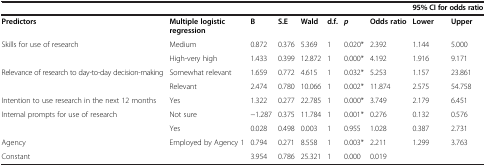
<table><thead><tr><td></td><td></td><td></td><td></td><td></td><td></td><td></td><td></td><td colspan="2"><b>95% CI for odds ratio</b></td></tr></thead><tbody><tr><td><b>Predictors</b></td><td><b>Multiple logistic regression</b></td><td><b>B</b></td><td><b>S.E</b></td><td><b>Wald</b></td><td><b>d.f.</b></td><td><b><i>p</i></b></td><td><b>Odds ratio</b></td><td><b>Lower</b></td><td><b>Upper</b></td></tr><tr><td rowspan="2">Skills for use of research</td><td>Medium</td><td>0.872</td><td>0.376</td><td>5.369</td><td>1</td><td>0.020*</td><td>2.392</td><td>1.144</td><td>5.000</td></tr><tr><td>High-very high</td><td>1.433</td><td>0.399</td><td>12.872</td><td>1</td><td>0.000*</td><td>4.192</td><td>1.916</td><td>9.171</td></tr><tr><td rowspan="2">Relevance of research to day-to-day decision-making</td><td>Somewhat relevant</td><td>1.659</td><td>0.772</td><td>4.615</td><td>1</td><td>0.032*</td><td>5.253</td><td>1.157</td><td>23.861</td></tr><tr><td>Relevant</td><td>2.474</td><td>0.780</td><td>10.066</td><td>1</td><td>0.002*</td><td>11.874</td><td>2.575</td><td>54.758</td></tr><tr><td>Intention to use research in the next 12 months</td><td>Yes</td><td>1.322</td><td>0.277</td><td>22.785</td><td>1</td><td>0.000*</td><td>3.749</td><td>2.179</td><td>6.451</td></tr><tr><td rowspan="2">Internal prompts for use of research</td><td>Not sure</td><td>−1.287</td><td>0.375</td><td>11.784</td><td>1</td><td>0.001*</td><td>0.276</td><td>0.132</td><td>0.576</td></tr><tr><td>Yes</td><td>0.028</td><td>0.498</td><td>0.003</td><td>1</td><td>0.955</td><td>1.028</td><td>0.387</td><td>2.731</td></tr><tr><td>Agency</td><td>Employed by Agency 1</td><td>0.794</td><td>0.271</td><td>8.558</td><td>1</td><td>0.003*</td><td>2.211</td><td>1.299</td><td>3.763</td></tr><tr><td>Constant</td><td></td><td>3.954</td><td>0.786</td><td>25.321</td><td>1</td><td>0.000</td><td>0.019</td><td></td><td></td></tr></tbody></table>